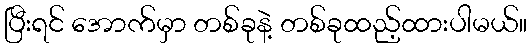
ပြီးရင် အောက်မှာ တစ်ခုနဲ့ တစ်ခုထည့်ထားပါမယ်။